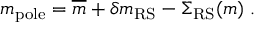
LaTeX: m _ { \mathrm { p o l e } } = \overline { { { m } } } + \delta m _ { \mathrm { R S } } - \Sigma _ { \mathrm { R S } } ( m ) \; .